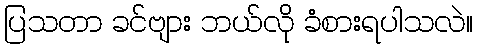
ပြသတာ ခင်ဗျား ဘယ်လို ခံစားရပါသလဲ။